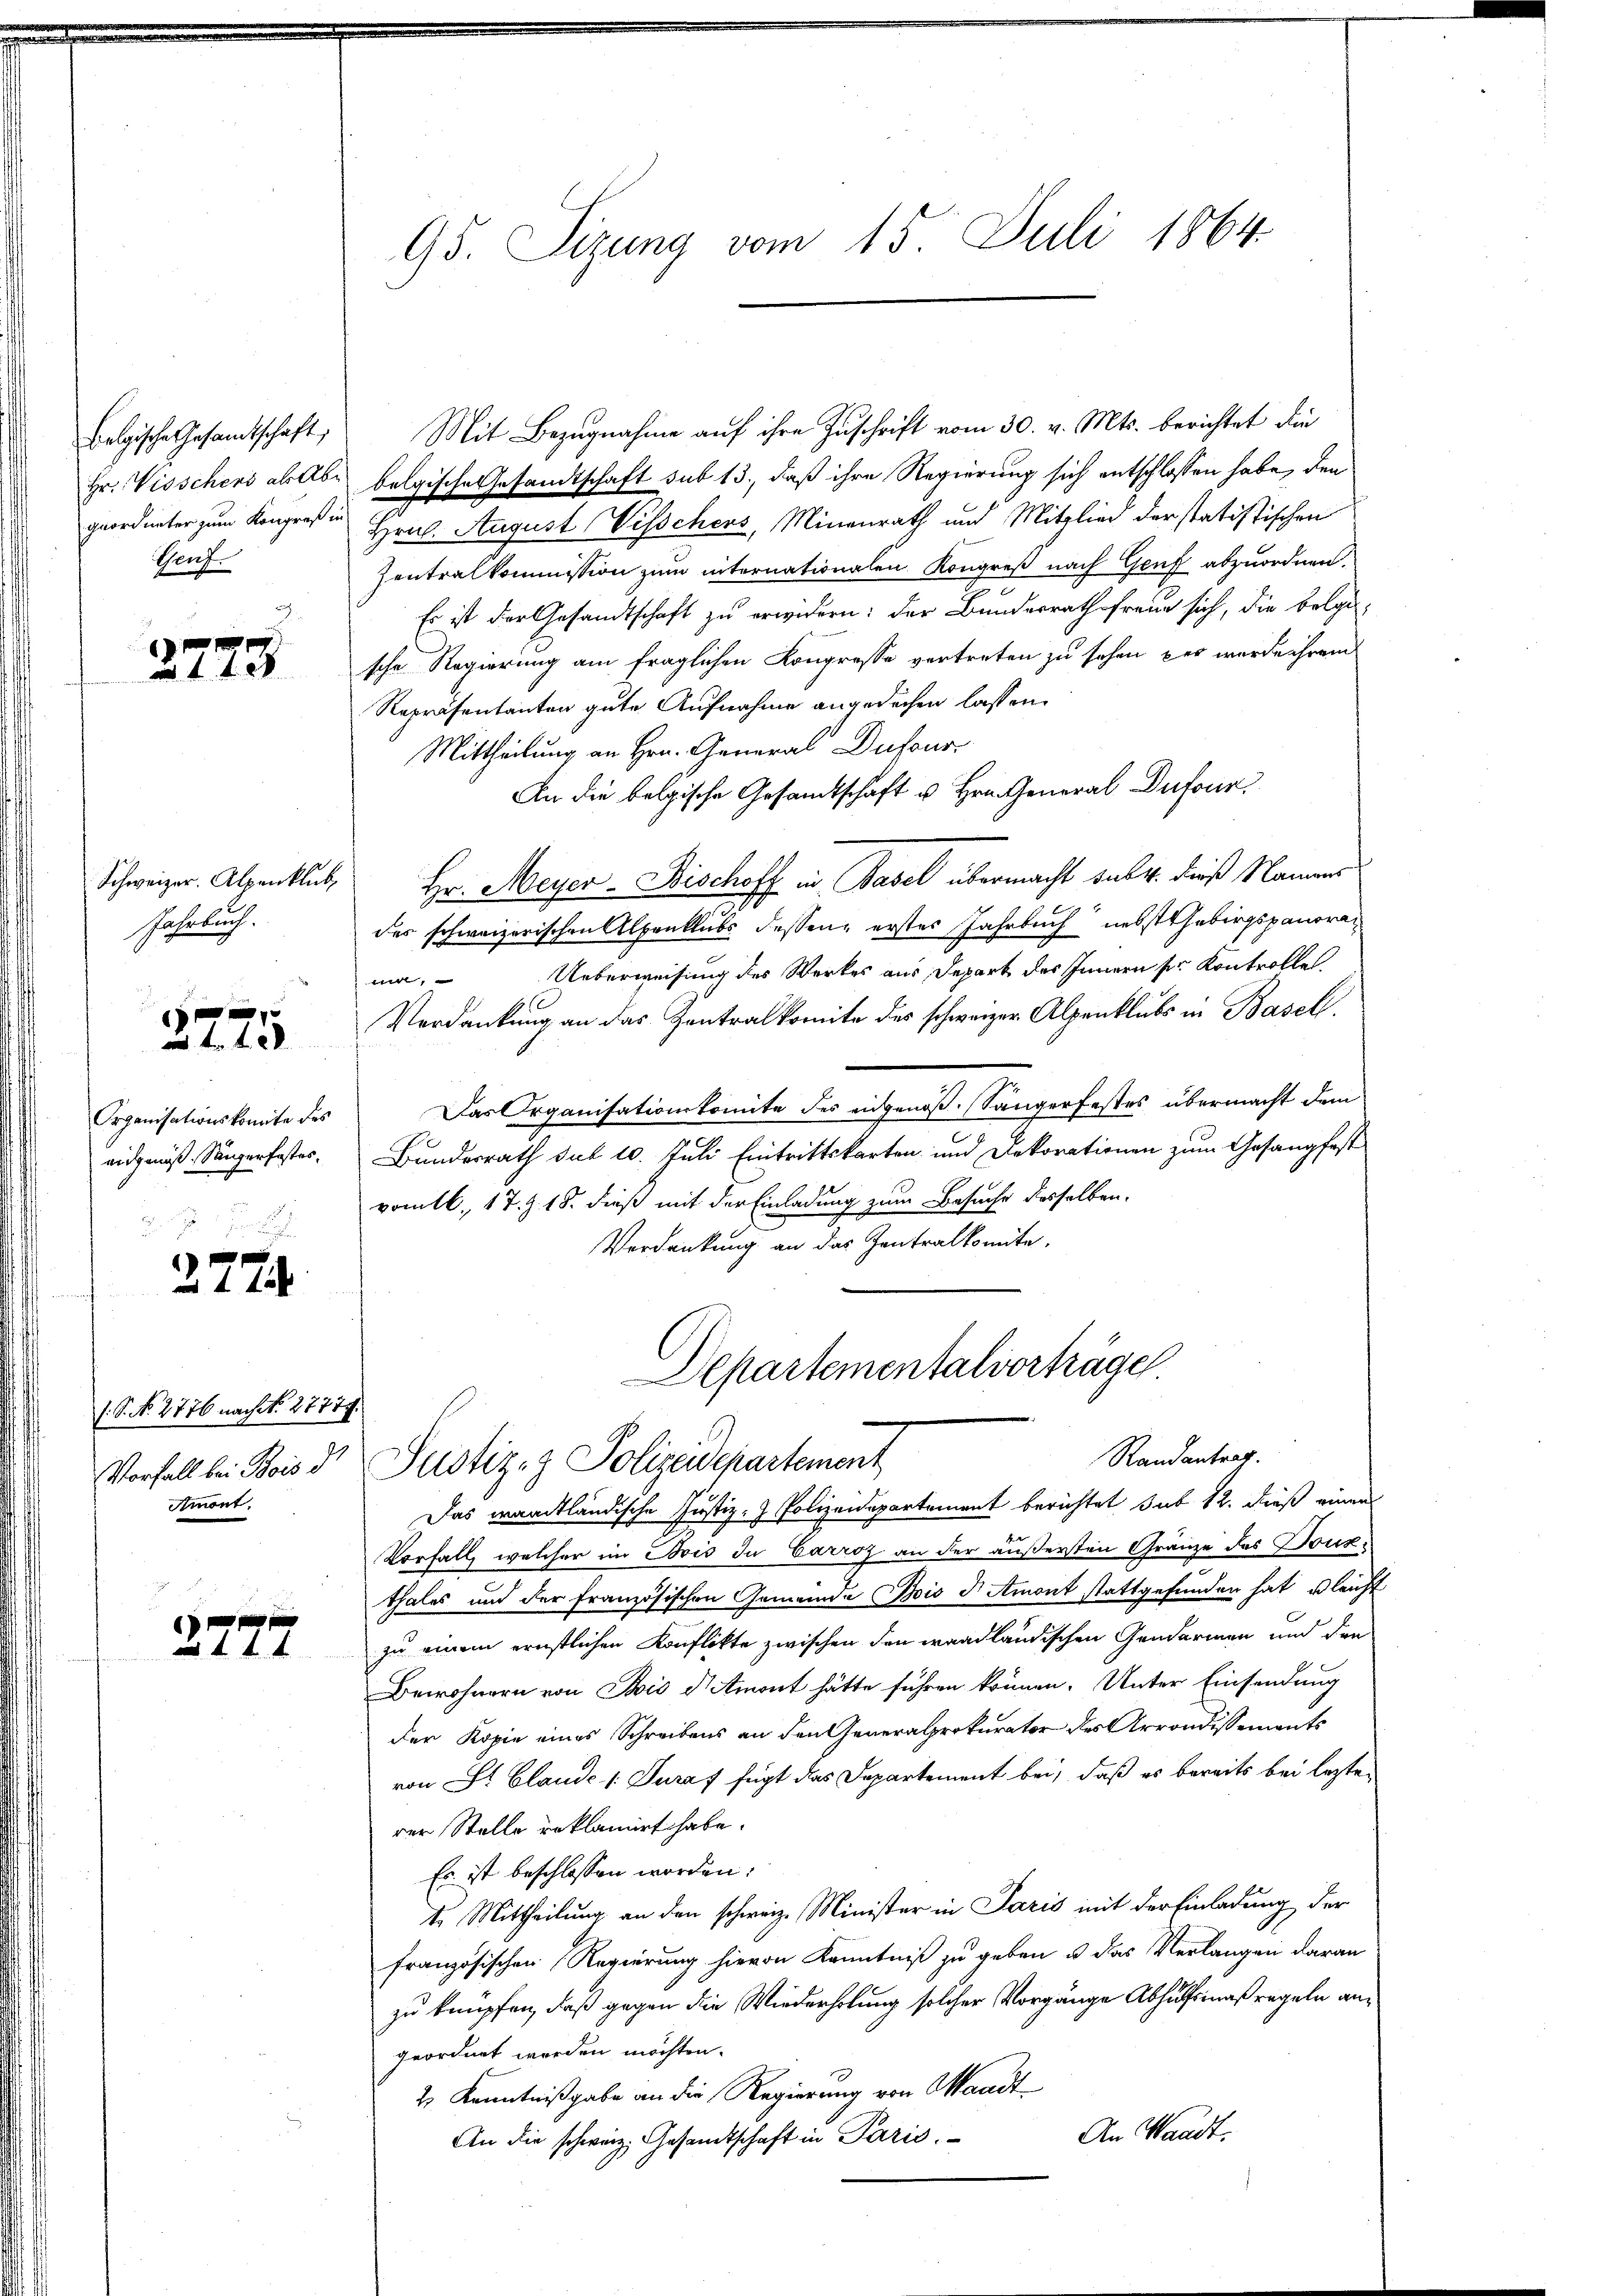
Bolgische Gesandtschaft,
Hr. Visschens ab abe
geordneter zum Kongreß in
Genf.
2

2773

Schweizer. Alpenklub
Jahrbuch.

e
 44 x

Organisationskomite des
aidgenöß. Sängerfastes.

g
4x

/. S. No. 2776 nach No. 2777.
Vorfall bei Bois d
Amont.

2777

95. Sizung vom 15. Juli 1864.

Mit Bezugnahme auf ihre Zuschrift vom 30. v. Mts. berichtet die
belgische Gesandtschaft sub 13., daß ihre Regierung sich entschlossen habe, den
Hral. August Visschers, Minenrath und Mitglied der statistischen
Zentralkommission zum internationalen Kongreß nach Genf abzuordnen.
Es ist der Gesandtschaft zu erwidern: der Bundesrath freue sich, die belgi-
sche Regierung am fraglichen Kongresse vertreten zu sehen per wurde ihrem
Repräsentanten gute Aufnahme angedechen lassen.
Mittheilung an Hrn. General Dufour
An die belgische Gesandtschaft u. Hrn. General Dufour
Hr. Meyer-Bischoff in Basel übermacht sub 4. dieß Namens
des schweizerischen Alpenklubs dessen, erstes Jahrbuch nebst habirgspanoren
ma. Ueberweisung des Werkes aus Depart des Innern sie Kontrolle
Verdankung an das Zentralkomite des schweizer Alpenklubs in Basel
Das Organisationskomite des eidgenoß. Sängerfestes übermacht dem
Bundesrath sub 10. Juli Eintrittskarten und Dekorationen zum Gesangfest
vomtl, 17. Z. 18. dieß mit der Einladung zum Besuche desselben.
Verdankung an das Zentralkomite,
Departementalvorträge
Randantrag.
Justiz- & Polizeidepartement
Das wandtländische Justiz- & Polizeidepartement berichtet sub 12. dieß einen
Vorfall, welcher im Bois du Carroz an der äußersten Gränze des Tonkthales und der französischen Gemeinde Bois d Amont stattgefunden hat, gleicht
zu einem ernstlichen Konflikte zwischen den waadländischen Gendarmen und den
Bewohnern von Bis d Amont hätte führen können. Unter Einsendung
der Kopie eines Schreibens an den Generalprokurator des Arrondissements
von St. Claude [Turaf fügt das Departement bei, daß es bereits bei lezterer Stelle reklamirt habe.
Es ist beschlossen worden:
te Mittheilung an den schweiz. Minister in Paris mit der Einladung der
französischen Regierung hievon Kenntniß zu geben u. das Verlangen daran
zu knüpfen, daß gegen die Wiederholung solcher Vorgange Abhülfsmaßregeln angeordnet werden möchten.
2 Kenntnißgabe an die Regierung von Waadt,
An Waadt.
An die schweiz. Gesandtschaft in Paris.